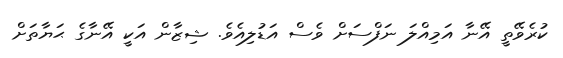
ކުރެވޭތީ އޭނާ އަމިއްލަ ނަފްސަށް ވެސް އަޑުލިއެވެ. ޝިޒާން އަކީ އޭނާގެ ޙަޔާތަށް